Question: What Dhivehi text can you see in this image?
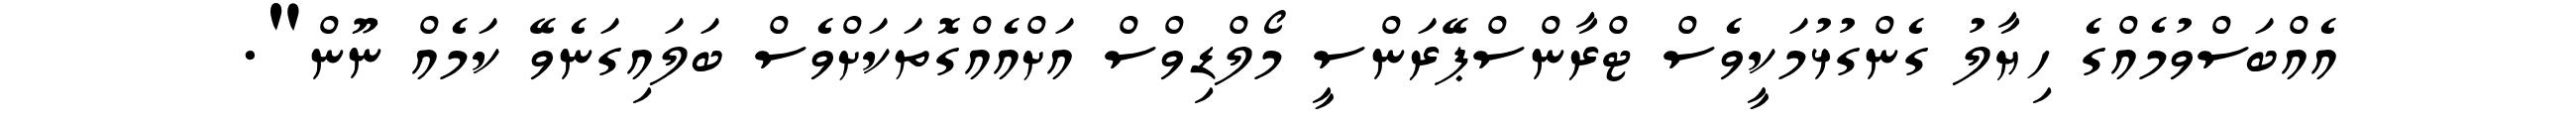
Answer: އެއްބަސްވުމެއްގެ ހިޔާލު ގެންގުޅުމަކީވެސް ޓްރާންސްޕޭރަންސީ މޯލްޑިވްސް އަށްއެއްގޮތަކަށްވެސް ބަލައިގަނެވޭ ކަމެއް ނޫން".